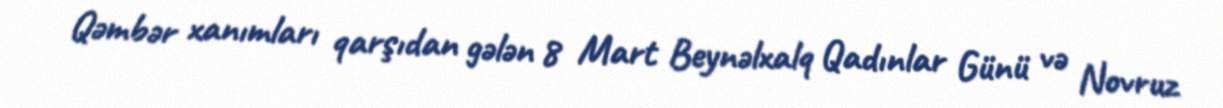
Qəmbər xanımları qarşıdan gələn 8 Mart Beynəlxalq Qadınlar Günü və Novruz